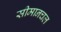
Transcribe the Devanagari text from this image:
सीमानचल